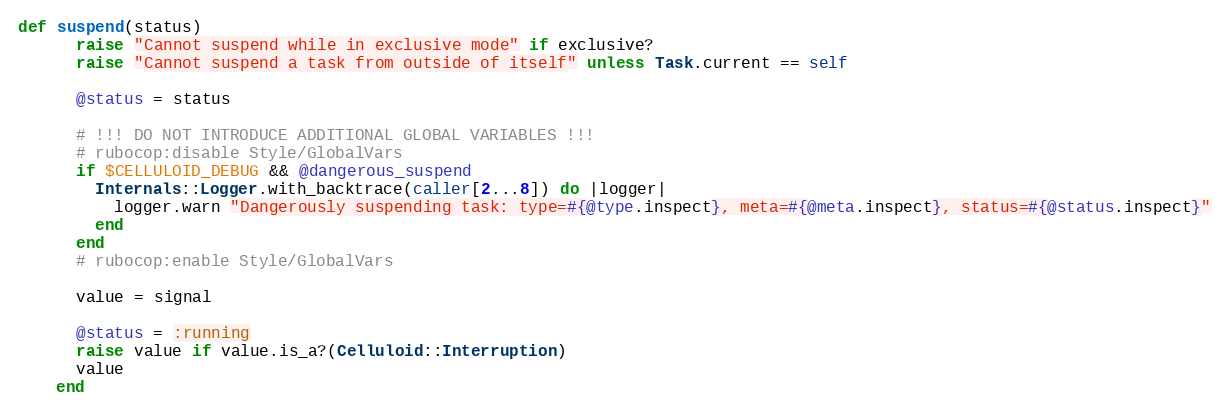
Language: Ruby
def suspend(status)
      raise "Cannot suspend while in exclusive mode" if exclusive?
      raise "Cannot suspend a task from outside of itself" unless Task.current == self

      @status = status

      # !!! DO NOT INTRODUCE ADDITIONAL GLOBAL VARIABLES !!!
      # rubocop:disable Style/GlobalVars
      if $CELLULOID_DEBUG && @dangerous_suspend
        Internals::Logger.with_backtrace(caller[2...8]) do |logger|
          logger.warn "Dangerously suspending task: type=#{@type.inspect}, meta=#{@meta.inspect}, status=#{@status.inspect}"
        end
      end
      # rubocop:enable Style/GlobalVars

      value = signal

      @status = :running
      raise value if value.is_a?(Celluloid::Interruption)
      value
    end